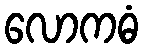
လောကဓံ